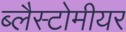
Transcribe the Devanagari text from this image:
ब्लैस्टोमीयर